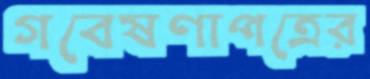
গবেষণাপত্রের